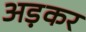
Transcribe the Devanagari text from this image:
अड़कर